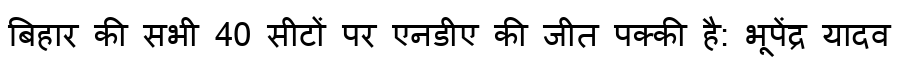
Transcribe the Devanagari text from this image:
बिहार की सभी 40 सीटों पर एनडीए की जीत पक्की है: भूपेंद्र यादव